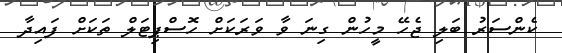
ކެންސަރު ބަލި ޖެހޭ މީހުން ގިނަ ވާ ވަރަކަށް ހޮސްޕިޓަލް ތަކަށް ފައިދާ